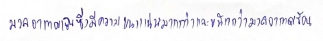
มวลอากาศเย็นซึ่งมีความแน่นมากกว่าและหนักมากกว่ามวลอากาศร้อน